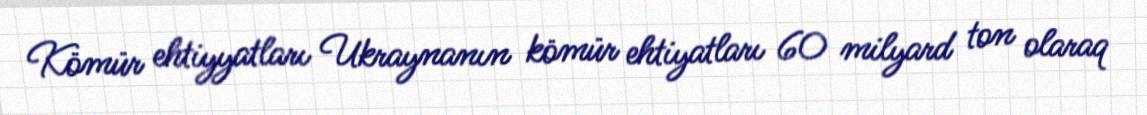
Kömür ehtiyyatları Ukraynanın kömür ehtiyatları 60 milyard ton olaraq